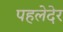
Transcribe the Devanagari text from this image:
पहलेदेर